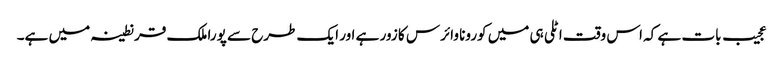
عجیب بات ہے کہ اس وقت اٹلی ہی میں کورونا وائرس کا زور ہے اور ایک طرح سے پورا ملک قرنطینہ میں ہے۔